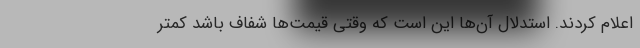
اعلام کردند. استدلال آن‌ها این است که وقتی قیمت‌ها شفاف باشد کمتر